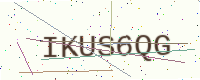
Text: IKUS6QG